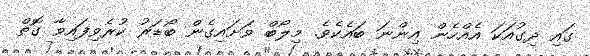
ގައި ދިގުއަކަ އެއްހެން އިންނަ ބައެކެވެ. މިލޯބް ވަށައިގެން ބޯޑަރު ކުރެވިފައިވާ ގޮތް